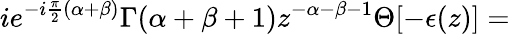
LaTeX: ie^{-i\frac{\pi}{2}(\alpha+\beta)}\Gamma(\alpha+\beta+1)z^{-\alpha-\beta-1}\Theta[-\epsilon(z)]=